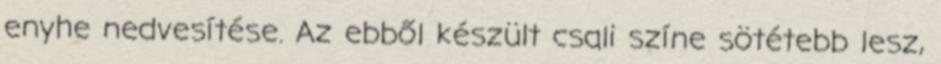
enyhe nedvesítése. Az ebből készült csali színe sötétebb lesz,